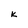
Character: k